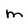
Character: m